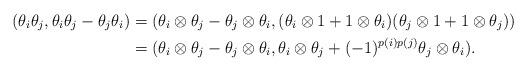
LaTeX: \begin{align*}(\theta_i \theta_j, \theta_i \theta_j-\theta_j \theta_i) &= (\theta_i \otimes \theta_j - \theta_j \otimes \theta_i, (\theta_i \otimes 1 + 1 \otimes \theta_i)(\theta_j \otimes 1 + 1 \otimes \theta_j))\\&= (\theta_i \otimes \theta_j - \theta_j \otimes \theta_i, \theta_i \otimes \theta_j + (-1)^{p(i)p(j)} \theta_j \otimes \theta_i).\end{align*}